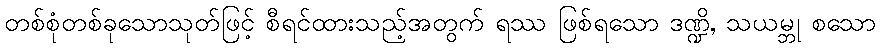
တစ်စုံတစ်ခုသောသုတ်ဖြင့် စီရင်ထားသည့်အတွက် ရဿ ဖြစ်ရသော ဒဏ္ဍိ, သယမ္ဘု စသော